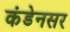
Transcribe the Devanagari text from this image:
कंडेनसर